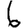
Digit: 6